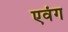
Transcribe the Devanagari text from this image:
एवंग